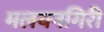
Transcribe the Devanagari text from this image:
मलयनगिरी